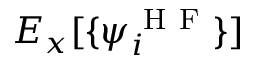
E _ { x } [ \{ \psi _ { i } ^ { \mathrm { ~ H ~ F ~ } } \} ]